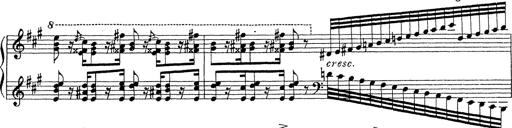
Title: Ballade No.1
Composer: Richard St. Clair